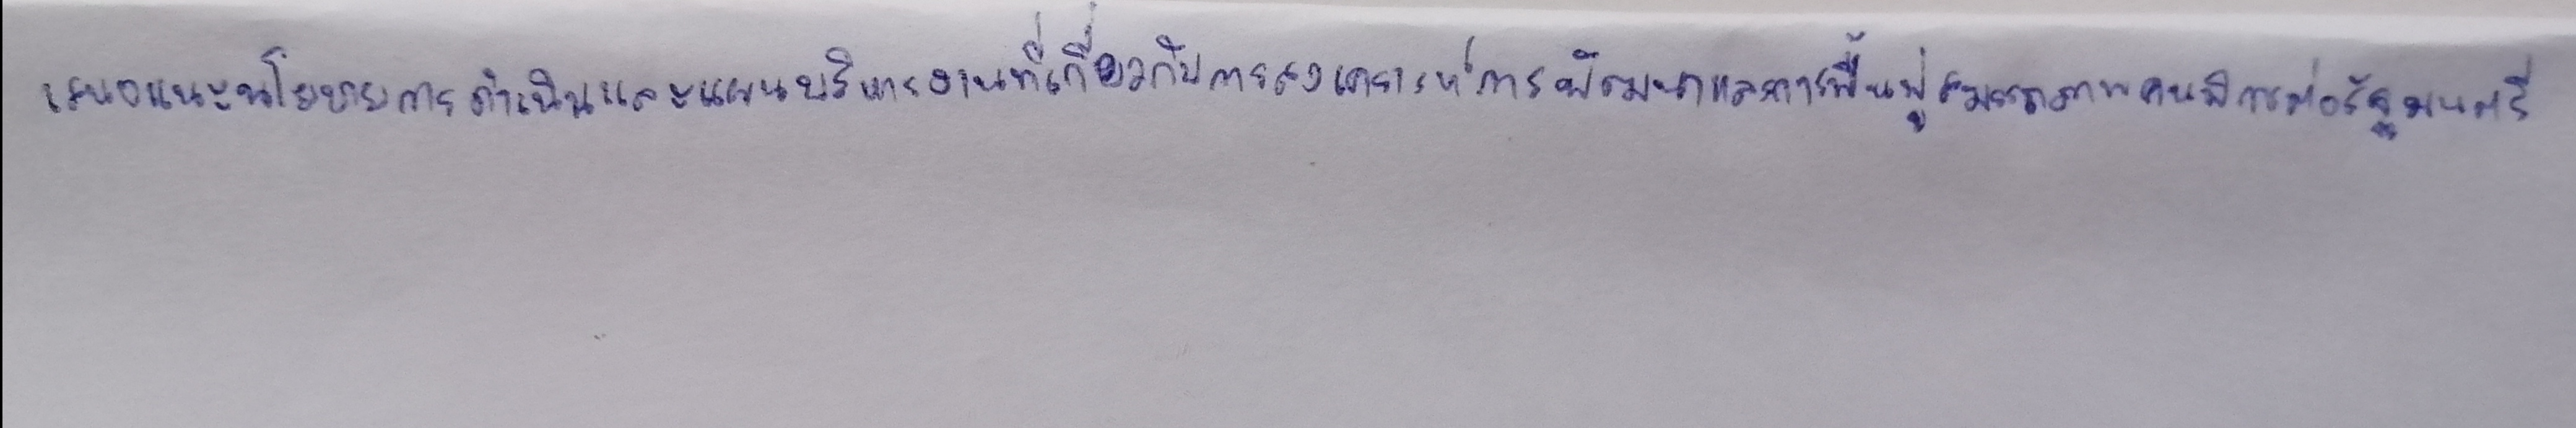
เสนอแนะนโยบายการดำเนินงานและแผนบริหารงานเกี่ยวกับการสงเคราะห์การพัฒนาและการฟื้นฟูสมรรถภาพคนพิการต่อรัฐมนตรี